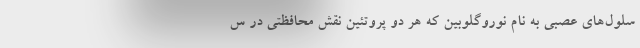
سلول‌های عصبی به نام نوروگلوبین که هر دو پروتئین نقش محافظتی در س